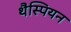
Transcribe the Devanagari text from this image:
थैस्पियन